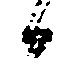
候